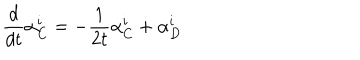
\frac { d } { d t } \alpha _ { C } ^ { i } = - \frac { 1 } { 2 t } \alpha _ { C } ^ { i } + \alpha _ { D } ^ { i }